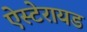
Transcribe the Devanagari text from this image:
ऐस्टेरायड